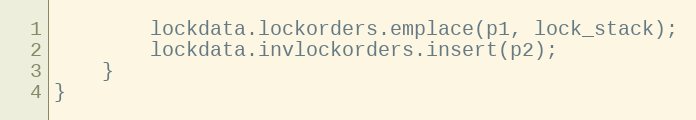
Language: C++
        lockdata.lockorders.emplace(p1, lock_stack);
        lockdata.invlockorders.insert(p2);
    }
}